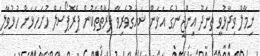
ނިމާލް ވިދާޅުވީ ތިނަދޫ އިންޖީނުގެ އަޅަން ޝައުގުވެރިވާ ފަރާތްތަކުން ޕްރޮޕޯސަލް ހުށަހަޅަން ހުޅުވާލި